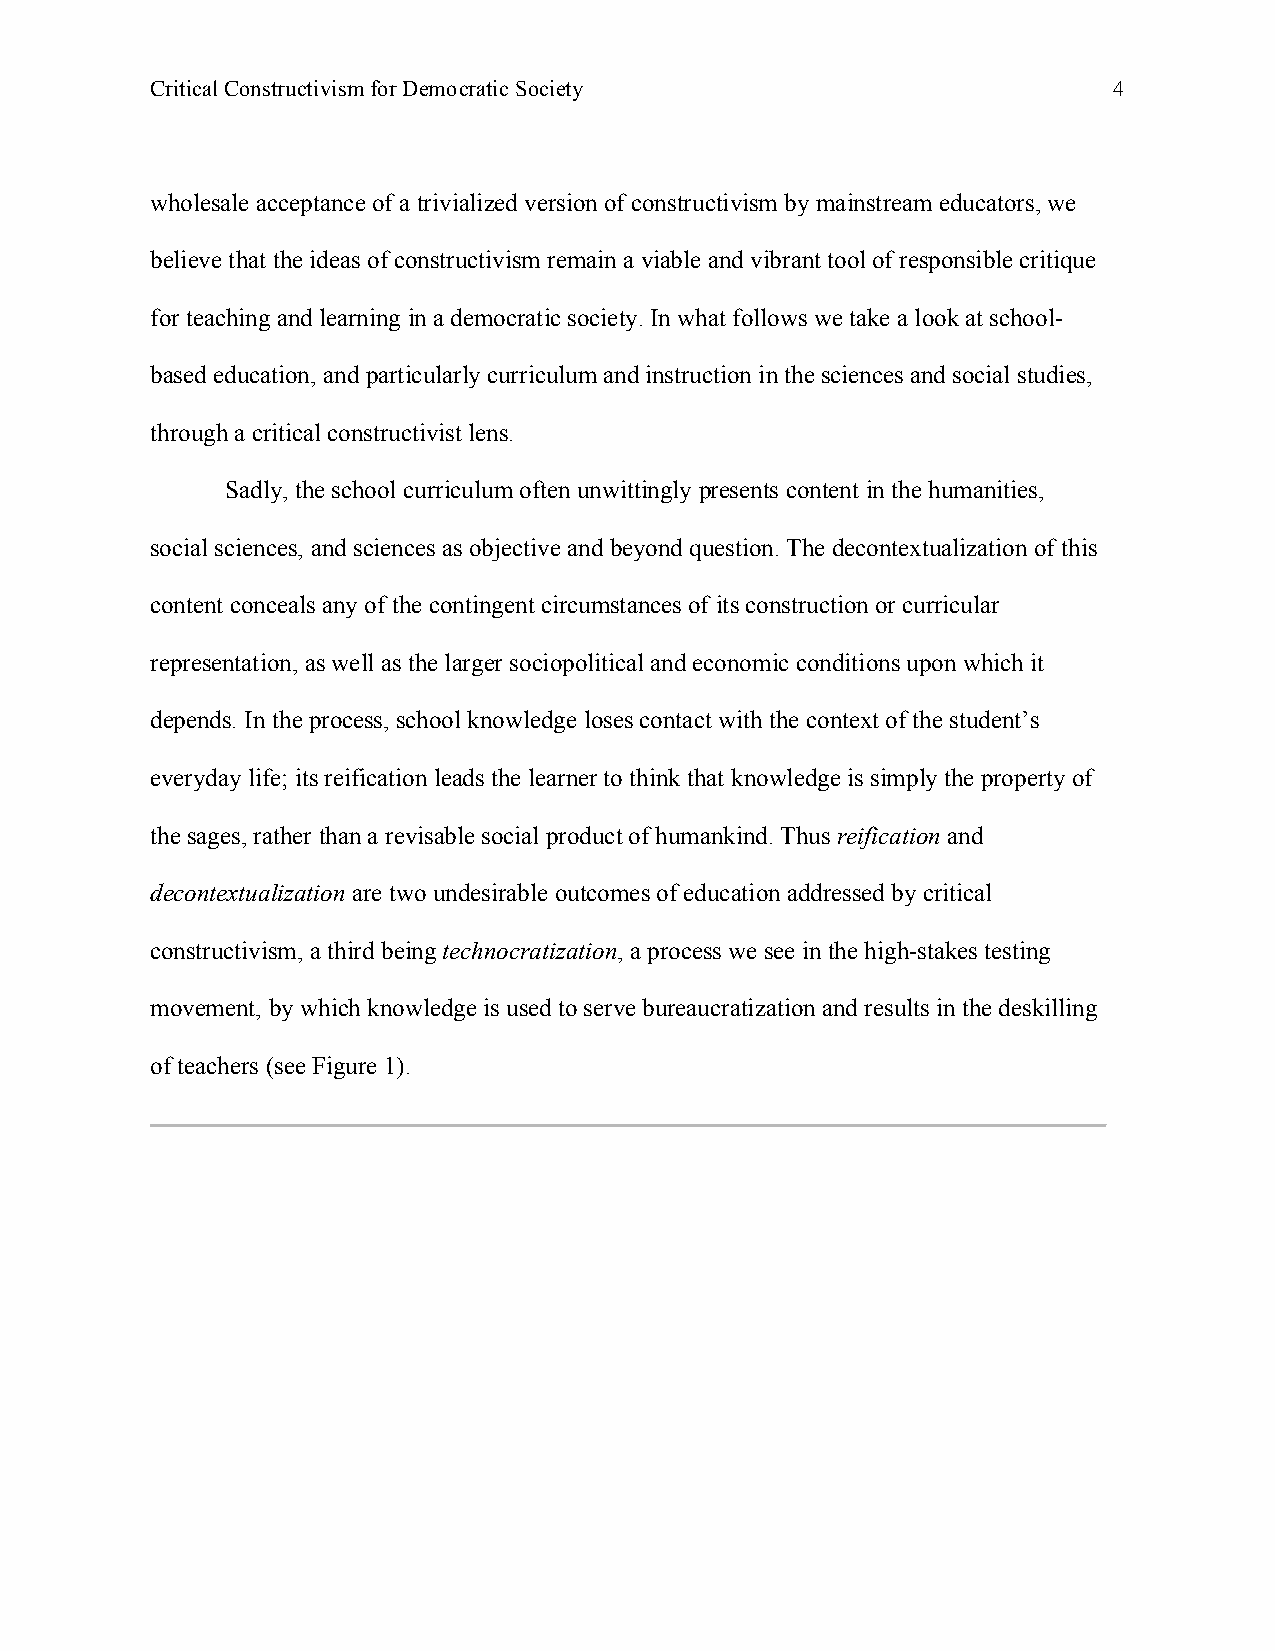
Critical Constructivism for Democratic Society                  4
 wholesale acceptance of a trivialized version of constructivism by mainstream educators, we
 believe that the ideas of constructivism remain a viable and vibrant tool of responsible critique
 for teaching and learning in a democratic society. In what follows we take a look at school-
 based education, and particularly curriculum and instruction in the sciences and social studies,
 through a critical constructivist lens.
 Sadly, the school curriculum often unwittingly presents content in the humanities,
 social sciences, and sciences as objective and beyond question. The decontextualization of this
 content conceals any of the contingent circumstances of its construction or curricular
 representation, as well as the larger sociopolitical and economic conditions upon which it
 depends. In the process, school knowledge loses contact with the context of the student’s
 everyday life; its reification leads the learner to think that knowledge is simply the property of
 the sages, rather than a revisable social product of humankind. Thus reification and
 decontextualization are two undesirable outcomes of education addressed by critical
 constructivism, a third being technocratization, a process we see in the high-stakes testing
 movement, by which knowledge is used to serve bureaucratization and results in the deskilling
 of teachers (see Figure 1).